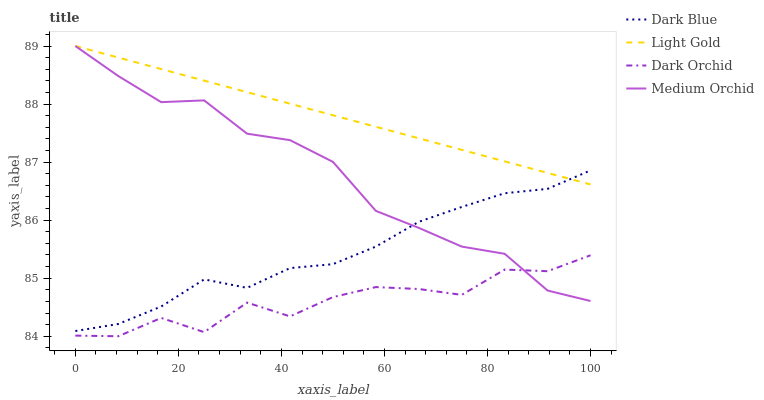
| xaxis_label | Dark Blue | Light Gold | Dark Orchid | Medium Orchid |
 | --- | --- | --- | --- | --- |
 | 0 | 84.1 | 89 | 84 | 89 |
 | 8.33 | 84.2 | 88.8 | 84 | 88.5 |
 | 16.7 | 84.5 | 88.6 | 84.3 | 88 |
 | 25 | 85 | 88.4 | 84.1 | 88.1 |
 | 33.3 | 84.8 | 88.2 | 84.6 | 87.5 |
 | 41.7 | 85.2 | 88 | 84.3 | 87.4 |
 | 50 | 85.2 | 87.8 | 84.7 | 87 |
 | 58.3 | 85.5 | 87.6 | 84.8 | 86.2 |
 | 66.7 | 86 | 87.4 | 84.8 | 85.9 |
 | 75 | 86.2 | 87.2 | 84.7 | 85.5 |
 | 83.3 | 86.5 | 87 | 85.1 | 85.4 |
 | 91.7 | 86.5 | 86.8 | 85.1 | 84.8 |
 | 100 | 86.9 | 86.6 | 85.4 | 84.6 |